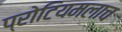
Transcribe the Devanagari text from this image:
प्रोटियमलाच